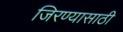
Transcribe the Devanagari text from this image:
जिरण्यासाठी